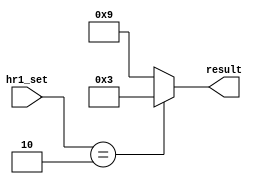
`timescale 1ns / 1ps
//////////////////////////////////////////////////////////////////////////////////
// Company: 
// Engineer: 
// 
// Design Name: 
// Module Name: selector1
// Project Name: 
// Target Devices: 
// Tool Versions: 
// Description: 
// 
// Dependencies: 
// 
// Revision:
// Revision 0.01 - File Created
// Additional Comments:
// 
//////////////////////////////////////////////////////////////////////////////////


module selector1(hr1_set, result);
    input [3:0] hr1_set;
    output [3:0] result;
    reg [3:0] result;
    always @* begin
        if(hr1_set == 4'd2)
            result = 4'd3;
        else 
            result = 4'd9;
    end
endmodule